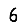
Digit: 6